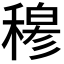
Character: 𥡆